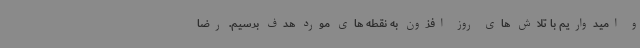
و امیدواریم با تلاش های روز افزون به نقطه های مورد هدف برسیم. رضا